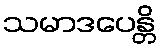
သမာဒပေန္တိ